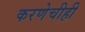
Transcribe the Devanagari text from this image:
करणेचीही